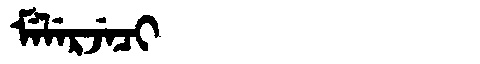
Manchu: ᠮᡝᠯᡝᡵᠵᡝᠴᡳ
Romanization: MELERJECI